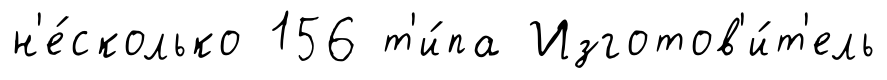
н'е́сколько 156 т'и́па Изготов'и́т'ель